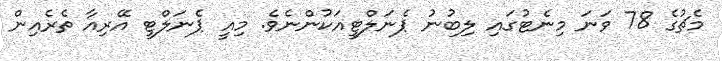
މެޗުގެ 78 ވަނަ މިނެޓުގައި ލިބުނު ޕެނަލްޓީއަކުންނެވެ. މިއީ ޕެނަލްޓީ އޭރިއާ ތެރެއިން